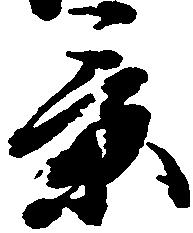
景